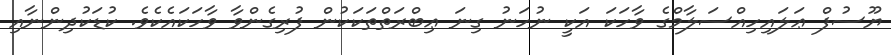
ޔޫސުފް ޢަލައިހިއްސަލާމްގެ ވާހަކަ އަކީ ނުހަނު ގިނަ ޢިބްރަތްތަކަކުން ފުރިގެންވާ ވާހަކައެކެވެ. ކުޑަކުދިންނާއި